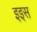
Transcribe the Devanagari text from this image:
इइस